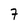
Character: 7